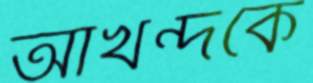
আখন্দকে